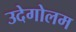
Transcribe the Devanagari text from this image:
उदेगोलम